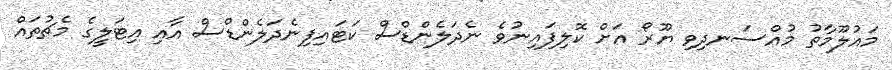
މައުލޫމާތު މުއްސަނދިވި ޔޫރޯ އަށް ކޮލިފައިނުވެ ނެދަލެންޑްސް ކަޓައިފިނެދަލެންޑްސް އާއި އިޓަލީގެ މެޗުތައް